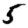
Digit: 5